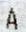
A